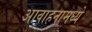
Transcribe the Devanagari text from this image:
आवाहनामध्ये